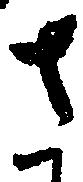
さ